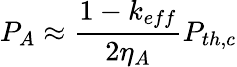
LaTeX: P_{A}\approx\frac{1-k_{eff}}{2\eta_{A}}P_{th,c}